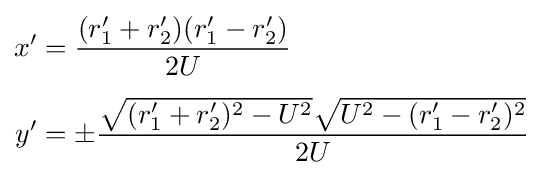
{\begin{aligned}x^{\prime }&={\frac {(r_{1}^{\prime }+r_{2}^{\prime })(r_{1}^{\prime }-r_{2}^{\prime })}{2U}}\\[4pt]y^{\prime }&=\pm {\frac {{\sqrt {(r_{1}^{\prime }+r_{2}^{\prime })^{2}-U^{2}}}{\sqrt {U^{2}-(r_{1}^{\prime }-r_{2}^{\prime })^{2}}}}{2U}}\end{aligned}}